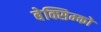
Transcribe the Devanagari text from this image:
बेक्सिम्को